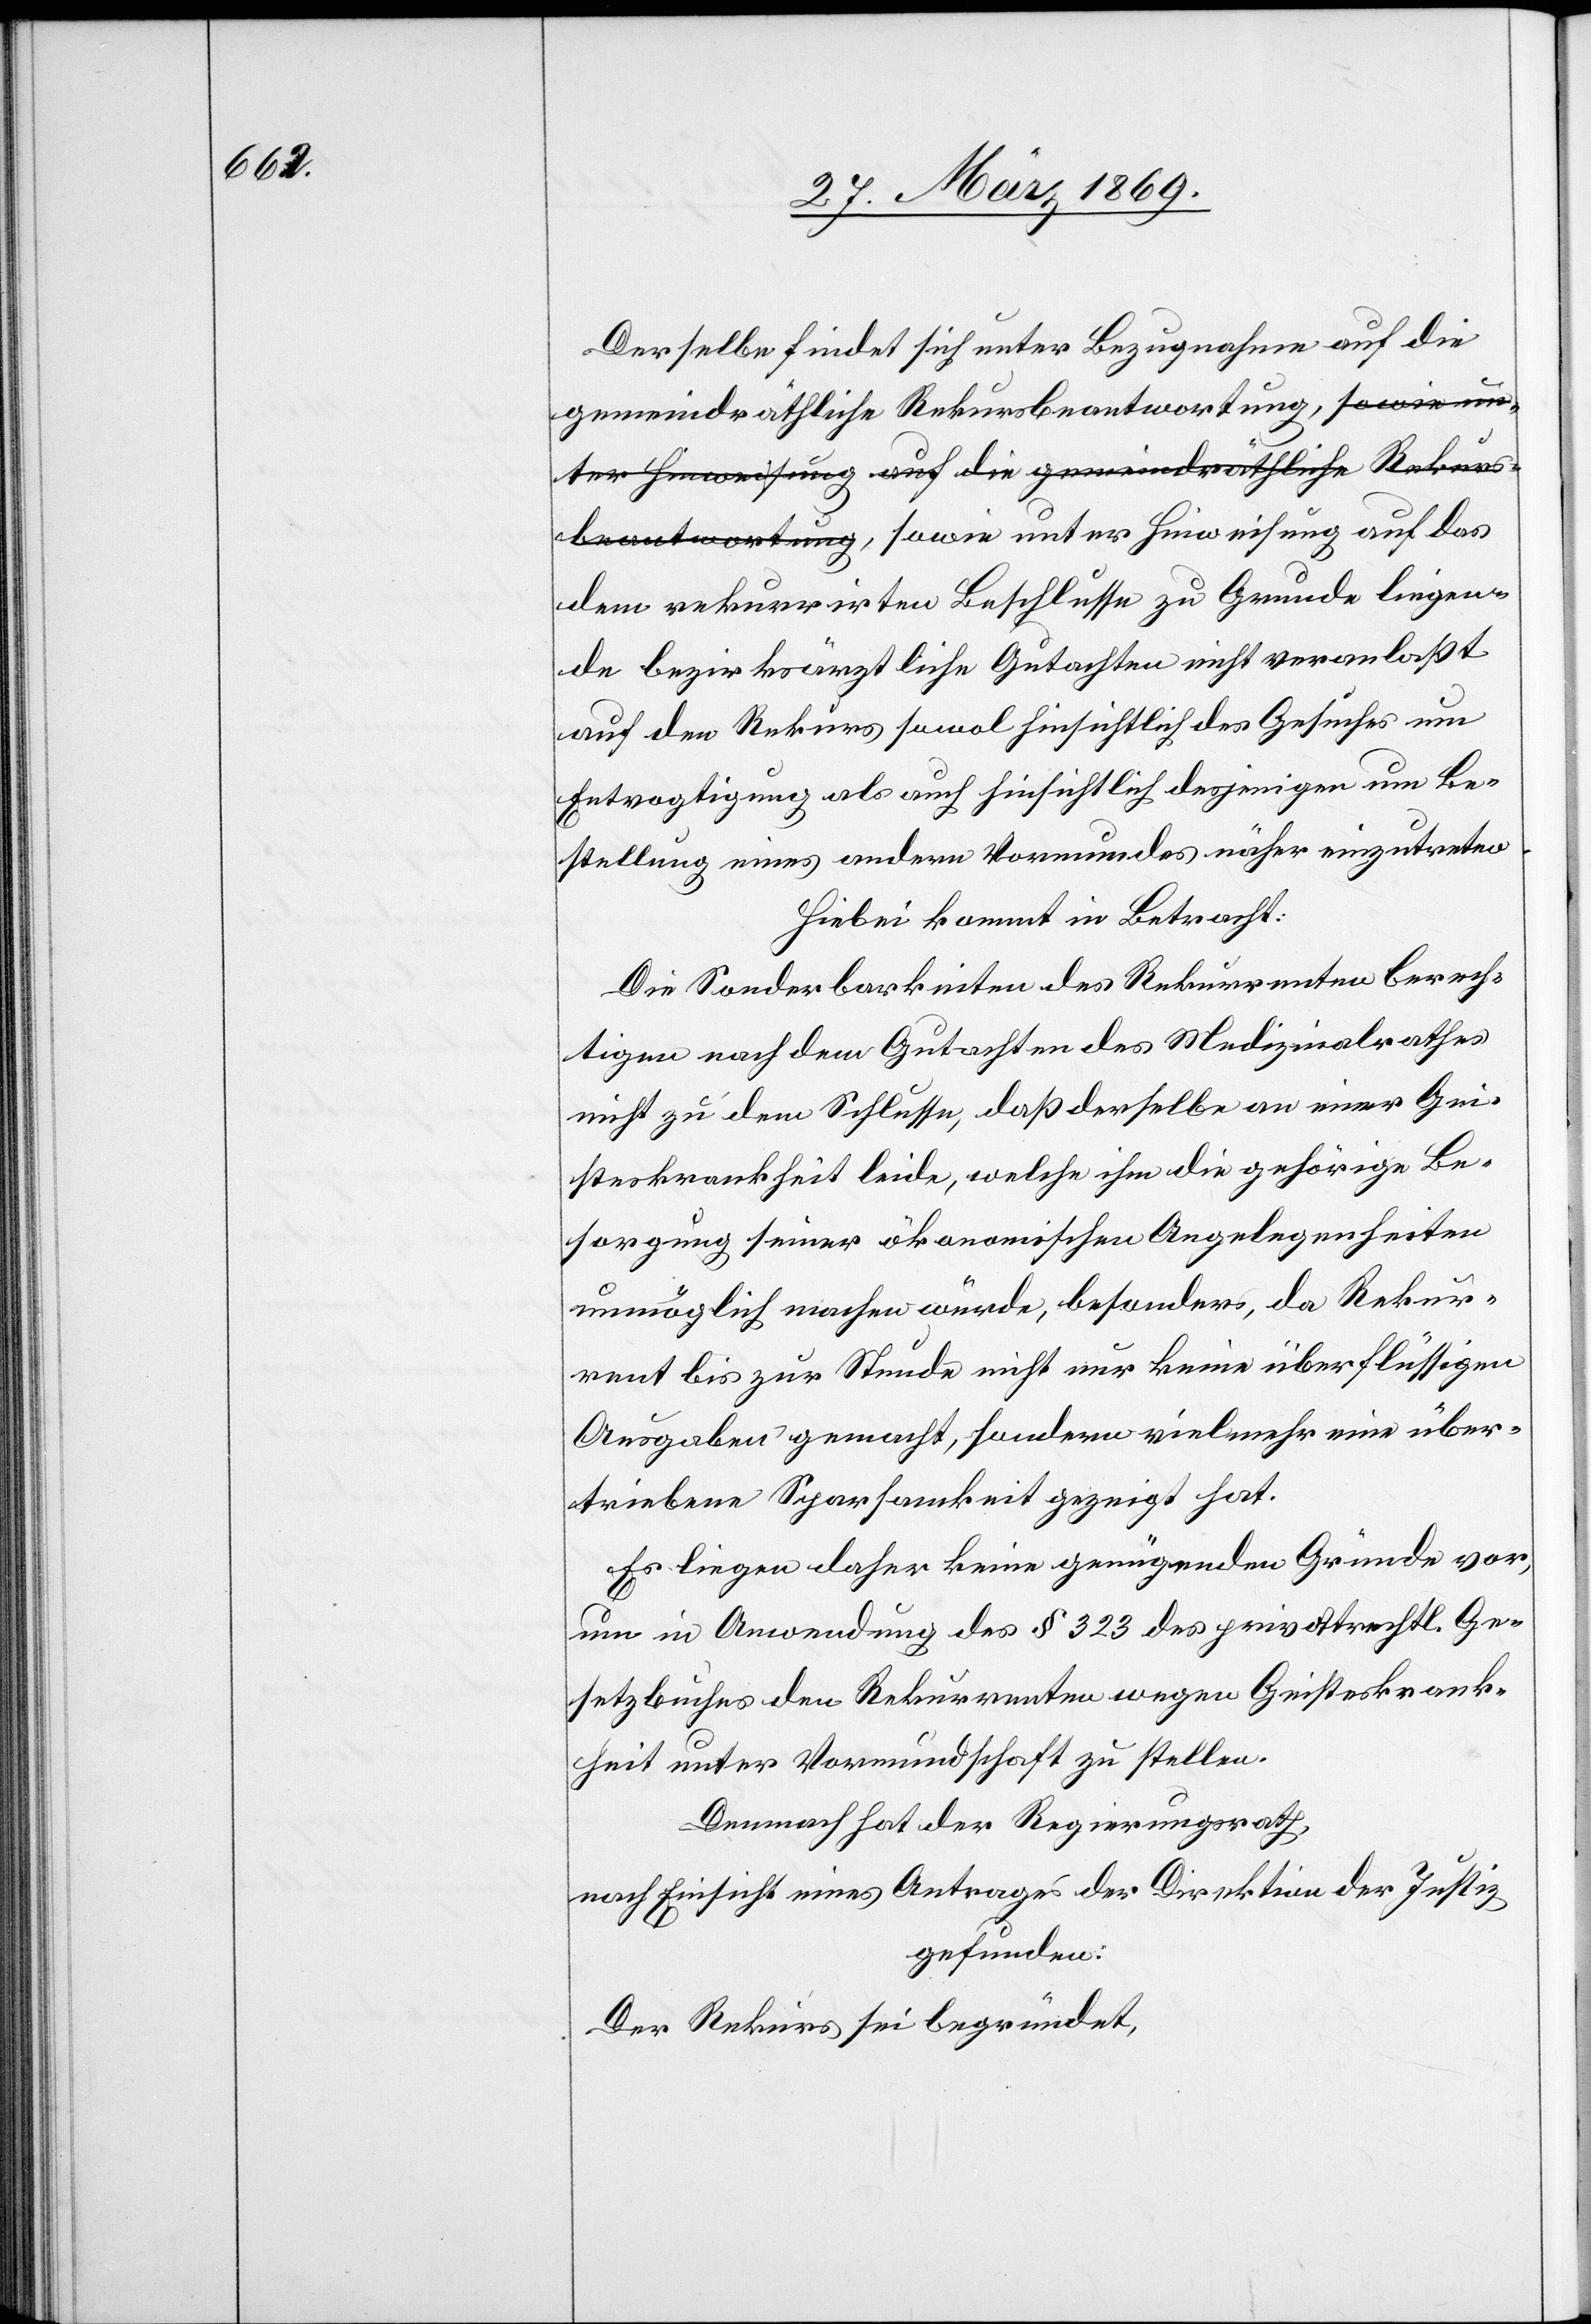
Derselbe findet sich unter Bezugnahme auf die
gemeindräthliche Rekursbeantwortung, sowie unter
dem rekurrirten Beschlusse zu Grunde liegen¬
de bezirksräthliche Gutachten nicht veranlaßt
auf den Rekurs sowol hinsichtlich des Gesuches um
Entvogtigung als auch hinsichtlich desjenigen um Be¬
stellung eines andern Vormundes näher einzutreten.
Hiebei kommt in Betracht:
Die Sonderbarkeiten des Rekurrenten berech¬
tigen nach dem Gutachten des Medizinalrathes
nicht zu dem Schlusse, daß derselbe an einer Ge¬
isteskrankheit leide, welche ihm die gehörige Be¬
sorgung seiner ökonomischen Angelegenheiten
unmöglich machen würde, besonders, da Rekur¬
rent bis zur Stunde nicht nur keine überflüssigen
Ausgaben macht, sondern vielmehr eine über¬
triebene Sparsamkeit gezeigt hat.
Es liegen daher keine genügenden Gründe vor,
um in Anordnung des § 323 des privatrechtl. Ge¬
setzbuches den Rekurrenten wegen Geisteskrank¬
heit unter Vormundschaft zu stellen.
Demnach hat der Regierungsrath,
nach Einsicht eines Antrages der Direktion der Justiz,
gefunden:
Der Rekurs sei begründet,